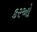
કરઓ